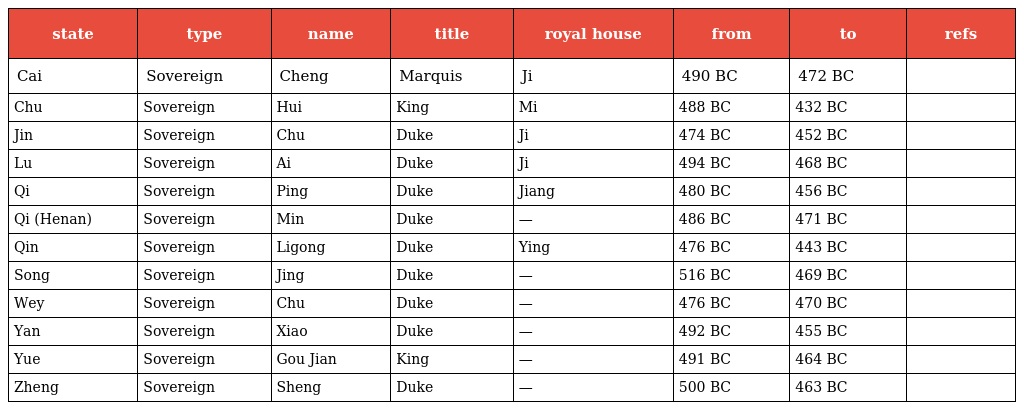
| state | type | name | title | royal house | from | to | refs |
 | --- | --- | --- | --- | --- | --- | --- | --- |
 | Cai | Sovereign | Cheng | Marquis | Ji | 490 BC | 472 BC |  |
 | Chu | Sovereign | Hui | King | Mi | 488 BC | 432 BC |  |
 | Jin | Sovereign | Chu | Duke | Ji | 474 BC | 452 BC |  |
 | Lu | Sovereign | Ai | Duke | Ji | 494 BC | 468 BC |  |
 | Qi | Sovereign | Ping | Duke | Jiang | 480 BC | 456 BC |  |
 | Qi (Henan) | Sovereign | Min | Duke | — | 486 BC | 471 BC |  |
 | Qin | Sovereign | Ligong | Duke | Ying | 476 BC | 443 BC |  |
 | Song | Sovereign | Jing | Duke | — | 516 BC | 469 BC |  |
 | Wey | Sovereign | Chu | Duke | — | 476 BC | 470 BC |  |
 | Yan | Sovereign | Xiao | Duke | — | 492 BC | 455 BC |  |
 | Yue | Sovereign | Gou Jian | King | — | 491 BC | 464 BC |  |
 | Zheng | Sovereign | Sheng | Duke | — | 500 BC | 463 BC |  |